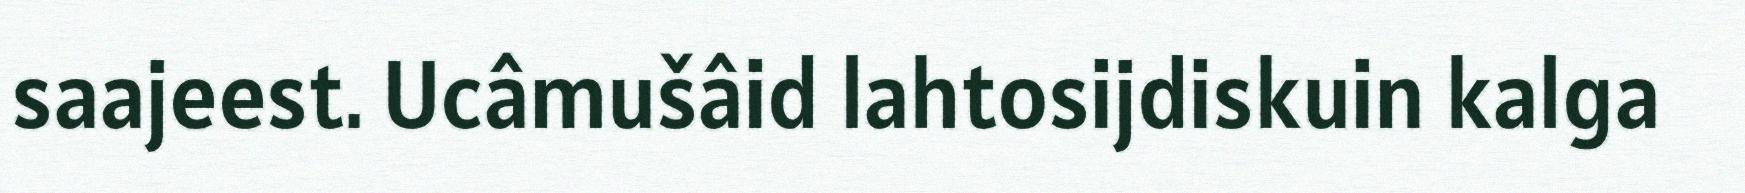
saajeest. Ucâmušâid lahtosijdiskuin kalga